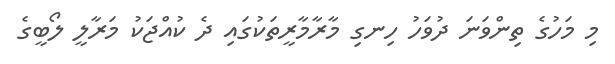
މި މަހުގެ ތިންވަނަ ދުވަހު ހިނގި މާރާމާރީތަކުގައި ދެ ކުއްޖަކު މަރާލީ ލޯބީގެ